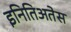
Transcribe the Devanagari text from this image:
इनितिअतेस